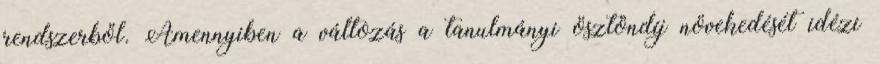
rendszerből. Amennyiben a változás a tanulmányi ösztöndíj növekedését idézi